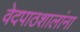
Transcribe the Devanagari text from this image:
वेदपाठशालांना